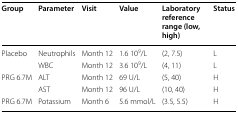
| Group | Parameter | Visit | Value | Laboratory reference range (low, high) | Status |
 | --- | --- | --- | --- | --- | --- |
 | Placebo | Neutrophils | Month 12 | 1.6 109/L | (2, 7.5) | L |
 |  | WBC | Month 12 | 3.6 109/L | (4, 11) | L |
 | PRG 6.7M | ALT | Month 12 | 69 U/L | (5, 40) | H |
 |  | AST | Month 12 | 96 U/L | (10, 40) | H |
 | PRG 6.7M | Potassium | Month 6 | 5.6 mmol/L | (3.5, 5.5) | H |